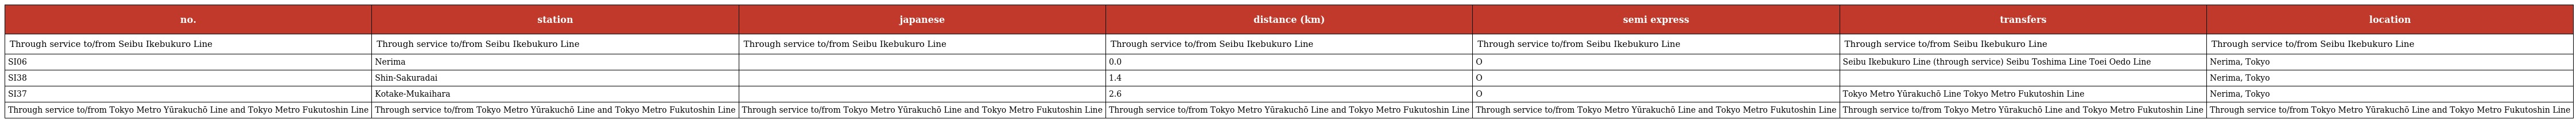
| no. | station | japanese | distance (km) | semi express | transfers | location |
 | --- | --- | --- | --- | --- | --- | --- |
 | Through service to/from Seibu Ikebukuro Line | Through service to/from Seibu Ikebukuro Line | Through service to/from Seibu Ikebukuro Line | Through service to/from Seibu Ikebukuro Line | Through service to/from Seibu Ikebukuro Line | Through service to/from Seibu Ikebukuro Line | Through service to/from Seibu Ikebukuro Line |
 | SI06 | Nerima | 練馬 | 0.0 | O | Seibu Ikebukuro Line (through service) Seibu Toshima Line Toei Oedo Line | Nerima, Tokyo |
 | SI38 | Shin-Sakuradai | 新桜台 | 1.4 | O |  | Nerima, Tokyo |
 | SI37 | Kotake-Mukaihara | 小竹向原 | 2.6 | O | Tokyo Metro Yūrakuchō Line Tokyo Metro Fukutoshin Line | Nerima, Tokyo |
 | Through service to/from Tokyo Metro Yūrakuchō Line and Tokyo Metro Fukutoshin Line | Through service to/from Tokyo Metro Yūrakuchō Line and Tokyo Metro Fukutoshin Line | Through service to/from Tokyo Metro Yūrakuchō Line and Tokyo Metro Fukutoshin Line | Through service to/from Tokyo Metro Yūrakuchō Line and Tokyo Metro Fukutoshin Line | Through service to/from Tokyo Metro Yūrakuchō Line and Tokyo Metro Fukutoshin Line | Through service to/from Tokyo Metro Yūrakuchō Line and Tokyo Metro Fukutoshin Line | Through service to/from Tokyo Metro Yūrakuchō Line and Tokyo Metro Fukutoshin Line |